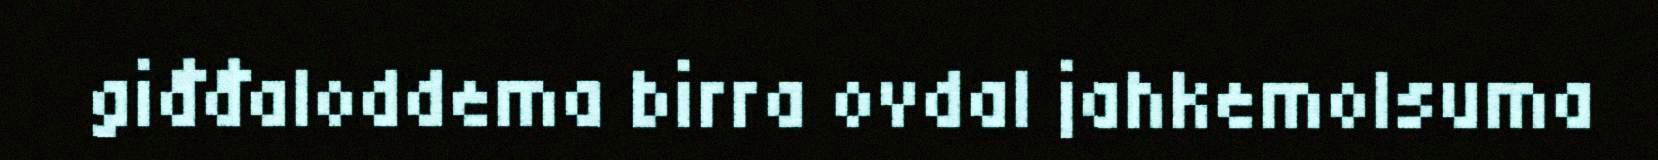
giđđaloddema birra ovdal jahkemolsuma